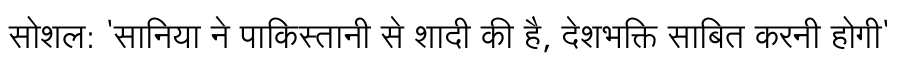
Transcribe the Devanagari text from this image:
सोशल: 'सानिया ने पाकिस्तानी से शादी की है, देशभक्ति साबित करनी होगी'